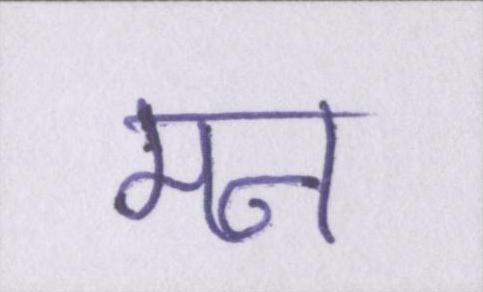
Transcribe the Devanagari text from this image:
मन